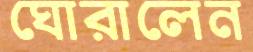
ঘোরালেন